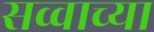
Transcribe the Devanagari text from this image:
सव्वाच्या